Civil Veterinary Department. United Provinces 1932-42 - 1932-1942
Year: 1932
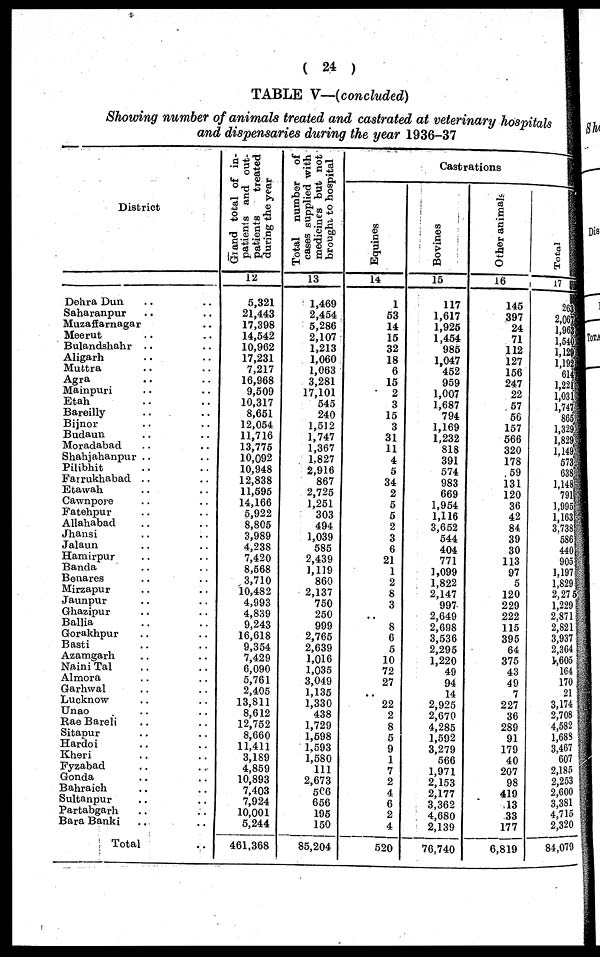
(24)
TABLE V—(concluded)
Showing number of animals treated and castrated at veterinary hospitals
and dispensaries during the year 1936-37
District
Dehra Dun .. ..
Saharanpur .. ..
Muzaffarnagar ..
Meerut .. ..
Bulandshahr .. ..
Aligarh .. ..
Muttra .. ..
Agra
Mainpuri .. ..
Etah .. ..
Bareilly .. ..
Bijnor .. ..
Budaun .. ..
Moradabad .. ..
Shahjahanpur .. ..
Pilibhit .. ..
Fairukhabad .. ..
Etawah .. ..
Cawnpore .. ..
Fatehpur .. ..
Allahabad .. ..
Jhansi .. ..
Jalaun .. ..
Hamirpur .. ..
Banda .. ..
Benares .. ..
Mirzapur .. ..
Jaunpur .. ..
Ghazipur .. ..
Ballia .. ..
Gorakhpur .. ..
Basti .. ..
Azamgarh .. ..
Naini Tal .. ..
Almora .. ..
Garhwal .. ..
Lucknow .. ..
Unao .. ..
Rae Bareli .. ..
Sitapur .. ..
Hardoi .. ..
Kheri .. ..
Fyzabad .. ..
Gonda .. ..
Bahraich .. ..
Sultanpur .. ..
Partabgarh .. ..
Bara Banki .. ..
Total ..
Grand
total of in-
patients and out-
patients
treated
during the year
12
5,321
21,443
17,398
14,542
10,962
17,231
7,217
16,968
9,509
10,317
8,651
12,054
11,716
13,775
10,092
10,948
12,838
11,595
14,166
5,922
8,805
3,989
4,238
7,420
8,568
3,710
10,482
4,993
4,839
9,243
16,618
9,354
7,429
6,090
5,761
2,405
13,811
8,612
12,752
8,660
11,411
3,189
4,859
10,893
7,403
7,924
10,001
5,244
461,368
Total number of
eases supplied with
medicines but not
brought to hospital
13
1,469
2,454
5,286
2,107
1,213
1,060
1,063
3,281
17,101
545
240
1,512
1,747
1,367
1,827
2,916
867
2,725
1,251
303
494
1,039
585
2,439
1,119
860
2,137
750
250
999
2,765
2,639
1,016
1,035
3,049
1,135
1,330
438
1,729
1,598
1.593
1,580
111
2,673
506
656
195
150
85,204
Castrations
Equines
14
1
53
14
15
32
18
6
15
2
3
15
3
31
11
4
5
34
2
5
5
2
3
6
21
1
2
8
3
..
8
6
5
10
72
27
..
22
2
8
5
9
1
7
2
4
6
2
4
520
Bovines
15
117
1,617
1,925
1,454
985
1,047
452
959
1,007
1,687
794
1,169
1,232
818
391
574
983
669
1,954
1,116
3,652
544
404
771
1,099
1,822
2,147
997
2,649
2,698
3,536
2,295
1,220
49
94
14
2,925
2,670
4,285
1,592
3,279
566
1,971
2,153
2,177
3,362
4,680
2,139
76,740
Other animals
16
145
397
24
71
112
127
156
247
22
57
56
157
566
320
178
59
131
120
36
42
84
39
30
113
97
5
120
229
222
115
395
64
375
43
49
7
227
36
289
91
179
40
207
98
419
13
33
177
6,819
Total
17
26
2,96
1,96
1,54
1,12
1,19
61
1,22
1,03
1,74
864
1,324
1,24 1,84
1,145
573
638
1,141
791
1,99
1,991
3,738
581
441
90
1,19
1,829
2 27
1,229
2,87
2,82
3,93
2,36
1,603
169
170
21
3,174
2,708
4,582
1,085
3,467
607
2,183
2,253
2,600
3,381
4,715
2,320
84,079